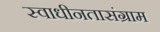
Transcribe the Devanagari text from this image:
स्वाधीनतासंग्राम